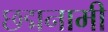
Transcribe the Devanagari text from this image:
छद्मनामी